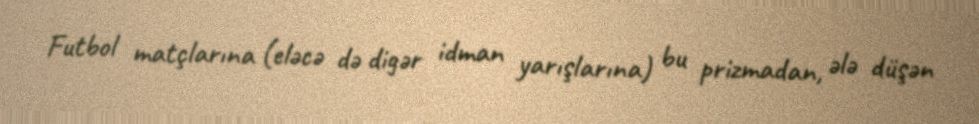
Futbol matçlarına (eləcə də digər idman yarışlarına) bu prizmadan, ələ düşən